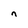
Character: n